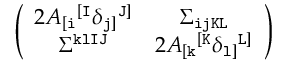
\left( \begin{array} { c c } { { 2 A _ { [ { \tt i } } { } ^ { [ { \tt I } } \delta _ { { \tt j } ] } { } ^ { { \tt J } ] } } } & { { \Sigma _ { \tt i j K L } } } \\ { { \Sigma ^ { \tt k l I J } } } & { { 2 A _ { [ { \tt k } } { } ^ { [ { \tt K } } \delta _ { { \tt l } ] } { } ^ { { \tt L } ] } } } \end{array} \right)